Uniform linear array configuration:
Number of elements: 32
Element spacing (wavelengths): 0.5
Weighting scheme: cosine
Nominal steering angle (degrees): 60
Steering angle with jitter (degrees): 59.441
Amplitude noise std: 0.05
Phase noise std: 0.05

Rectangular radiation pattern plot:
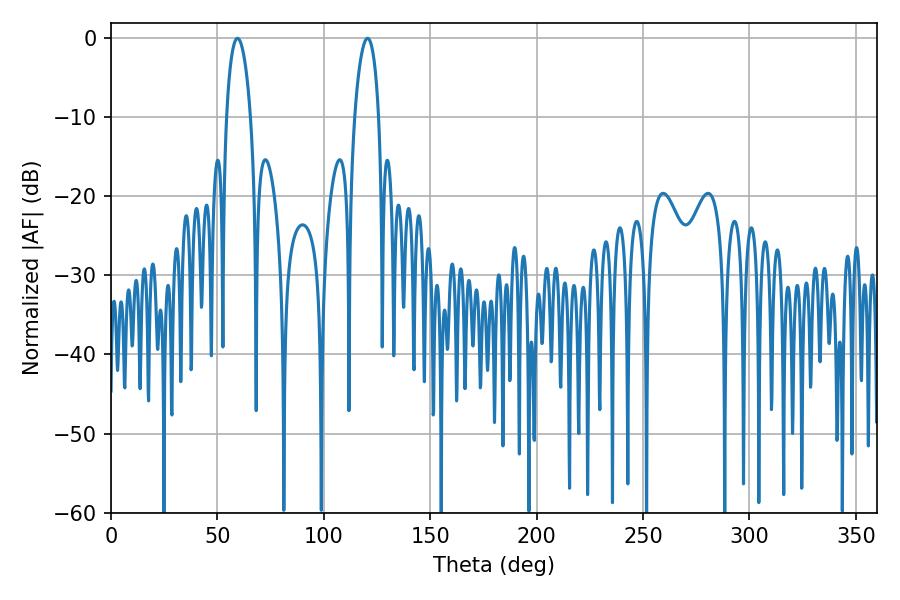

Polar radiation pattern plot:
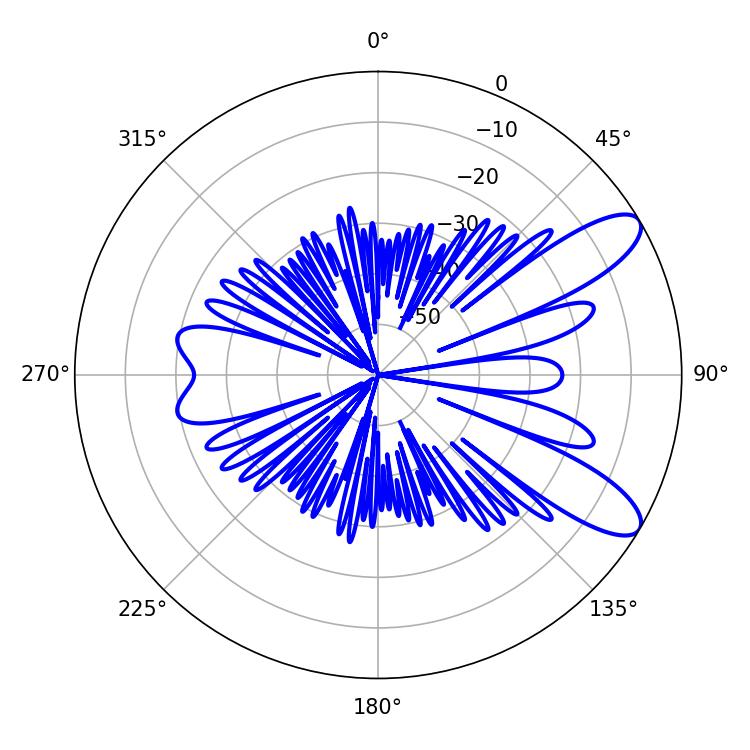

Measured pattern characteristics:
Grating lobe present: FALSE
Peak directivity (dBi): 9.827
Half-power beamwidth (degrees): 6.48
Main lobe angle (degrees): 59.4